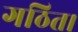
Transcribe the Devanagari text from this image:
गठित।